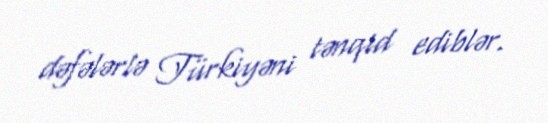
dəfələrlə Türkiyəni tənqid ediblər.